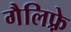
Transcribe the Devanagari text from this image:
गैलिफ़्रे